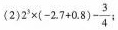
(2)$$2^{3}\times (-2.7+0.8)- \frac{3}{4}$$;